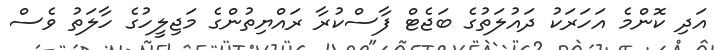
އަދި ކޮންމެ އަހަރަކު ދައުލަތުގެ ބަޖެޓް ފާސްކުރާ ރައްޔިތުންގެ މަޖިލީހުގެ ހާލަތު ވެސް